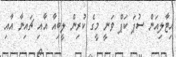
އިޓާލިއަން ސުޕަ ކަޕް ވަނީ މީގެ ކުރިން ލީބިއާ އާއި ޗައިނާ އާއި